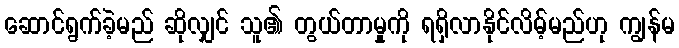
ဆောင်ရွက်ခဲ့မည် ဆိုလျှင် သူ၏ တွယ်တာမှုကို ရရှိလာနိုင်လိမ့်မည်ဟု ကျွန်မ